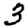
Digit: 3